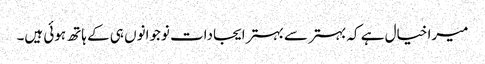
میرا خیال ہے کہ بہتر سے بہتر ایجادات نوجوانوں ہی کے ہاتھ ہوئی ہیں۔